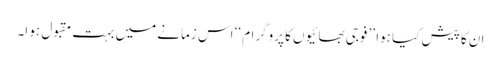
ان کا پیش کیا ہوا ’’ فوجی بھائیوں کا پروگرام ‘‘ اس زمانے میں بہت مقبول ہو ا۔